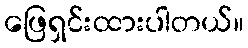
ဖြေရှင်းထားပါတယ်။